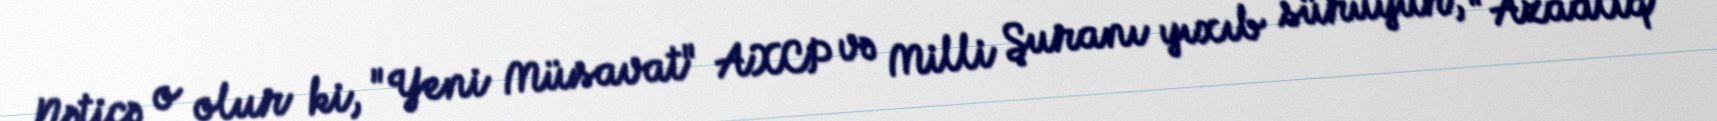
Nəticə o olur ki, "Yeni Müsavat" AXCP və Milli Şuranı yıxıb sürüyür, "Azadlıq"